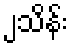
၂သိန်း